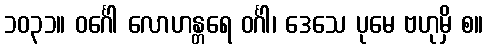
၁၀၃၁။ ဝင်္ဂေါ လောဟန္တရေ ဝင်္ဂါ၊ ဒေသေ ပုမေ ဗဟုမှိ စ။